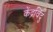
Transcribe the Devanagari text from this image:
केंद्रविंदु